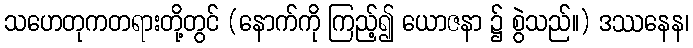
သဟေတုကတရားတို့တွင် (နောက်ကို ကြည့်၍ ယောဇနာ ၌ စွဲသည်။) ဒဿနေန၊